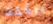
برفقة